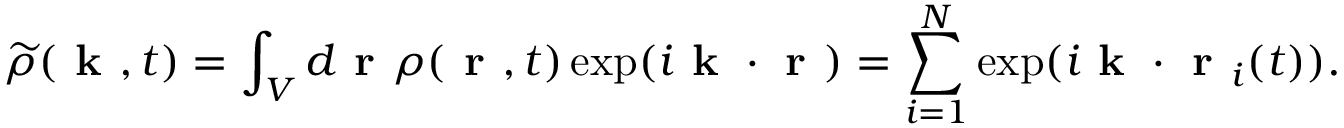
\widetilde { \rho } ( \ensuremath { \textbf { k } } , t ) = \int _ { V } d \ensuremath { \textbf { r } } \rho ( \ensuremath { \textbf { r } } , t ) \exp ( i \ensuremath { \textbf { k } } \cdot \ensuremath { \textbf { r } } ) = \sum _ { i = 1 } ^ { N } \exp ( i \ensuremath { \textbf { k } } \cdot \ensuremath { \textbf { r } } _ { i } ( t ) ) .